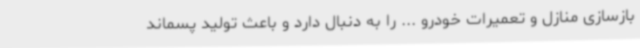
بازسازی منازل و تعمیرات خودرو ... را به دنبال دارد و باعث تولید پسماند